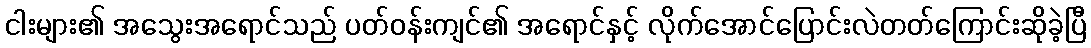
ငါးများ၏ အသွေးအရောင်သည် ပတ်ဝန်းကျင်၏ အရောင်နှင့် လိုက်အောင်ပြောင်းလဲတတ်ကြောင်းဆိုခဲ့ပြီ